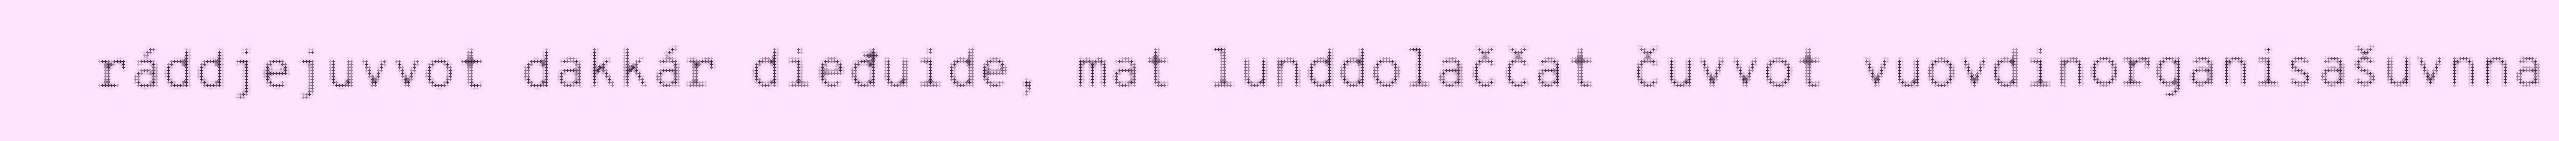
ráddjejuvvot dakkár dieđuide, mat lunddolaččat čuvvot vuovdinorganisašuvnna